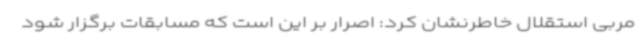
مربی استقلال خاطرنشان کرد: اصرار بر این است که مسابقات برگزار شود